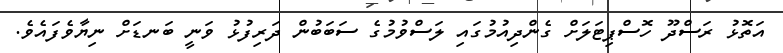
އަތޮޅު ރަސްދޫ ހޮސްޕިޓަލަށް ގެންދިއުމުގައި ލަސްވުމުގެ ސަބަބުން ދަރިފުޅު ވަނީ ބަނޑަށް ނިޔާވެފައެވެ.